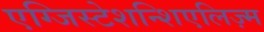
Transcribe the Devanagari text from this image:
एग्जिस्टेशन्शिएलिज़्म